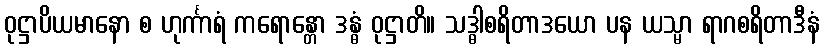
ဝုဋ္ဌာပိယမာနော စ ဟုင်္ကာရံ ကရောန္တော ဒန္ဓံ ဝုဋ္ဌာတိ။ သဒ္ဓါစရိတာဒယော ပန ယသ္မာ ရာဂစရိတာဒီနံ